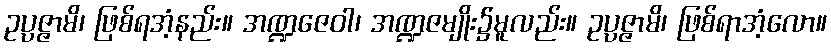
ဥပ္ပဇ္ဇာမိ၊ ဖြစ်ရအံ့နည်း။ အဏ္ဍဇေဝါ၊ အဏ္ဍဇမျိုး၌မူလည်း။ ဥပ္ပဇ္ဇာမိ၊ ဖြစ်ရာအံ့လော။